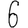
Digit: 6